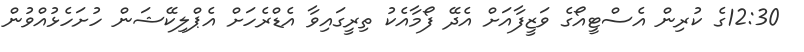
12:30ގެ ކުރިން އެސްޓީއޯގެ ވަޒީފާއަށް އެދޭ ފޯމާއެކު ތިރީގައިވާ އެޑްރެހަށް އެޕްލިކޭޝަން ހުށަހެޅުއްވުން